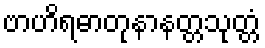
ဗာဟိရဓာတုနာနတ္တသုတ္တံ